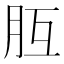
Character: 𦙁